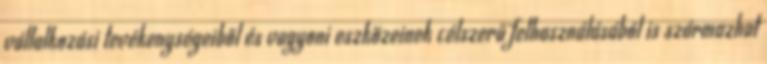
vállalkozási tevékenységeiből és vagyoni eszközeinek célszerű felhasználásából is származhat